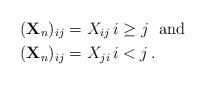
LaTeX: \begin{align*}(\mathbf{X}_{n})_{ij} & =X_{ij}\,i\geq j\ \text{ and}\\(\mathbf{X}_{n})_{ij} & =X_{ji}\,i<j\,.\end{align*}